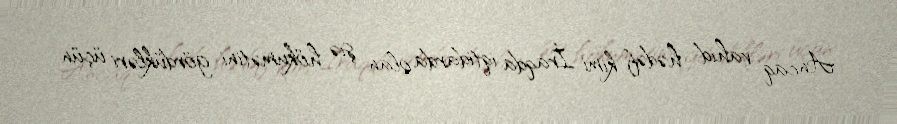
Ancaq vahid hədəf kimi İraqda iqtidarda olan şiə hökumətini gördükləri üçün